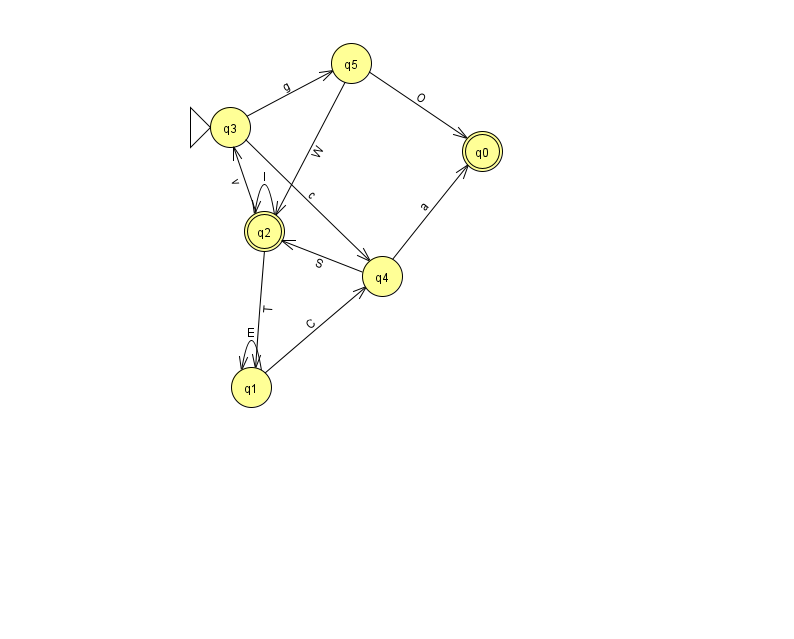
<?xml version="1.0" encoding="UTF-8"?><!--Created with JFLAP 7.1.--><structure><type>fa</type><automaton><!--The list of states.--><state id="0" name="q0"><x>482.0</x><y>138.0</y><final/></state><state id="1" name="q1"><x>251.0</x><y>374.0</y></state><state id="2" name="q2"><x>264.0</x><y>218.0</y><final/></state><state id="3" name="q3"><x>230.0</x><y>114.0</y><initial/></state><state id="4" name="q4"><x>382.0</x><y>263.0</y></state><state id="5" name="q5"><x>351.0</x><y>50.0</y></state><!--The list of transitions.--><transition><from>4</from><to>2</to><read>S</read></transition><transition><from>2</from><to>1</to><read>T</read></transition><transition><from>1</from><to>1</to><read>E</read></transition><transition><from>1</from><to>4</to><read>C</read></transition><transition><from>3</from><to>5</to><read>g</read></transition><transition><from>5</from><to>0</to><read>O</read></transition><transition><from>2</from><to>2</to><read>I</read></transition><transition><from>3</from><to>4</to><read>c</read></transition><transition><from>5</from><to>2</to><read>W</read></transition><transition><from>2</from><to>3</to><read>v</read></transition><transition><from>4</from><to>0</to><read>a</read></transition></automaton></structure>